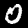
Label: 0